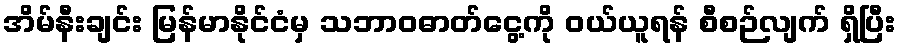
အိမ်နီးချင်း မြန်မာနိုင်ငံမှ သဘာဝဓာတ်ငွေ့ကို ဝယ်ယူရန် စီစဉ်လျက် ရှိပြီး